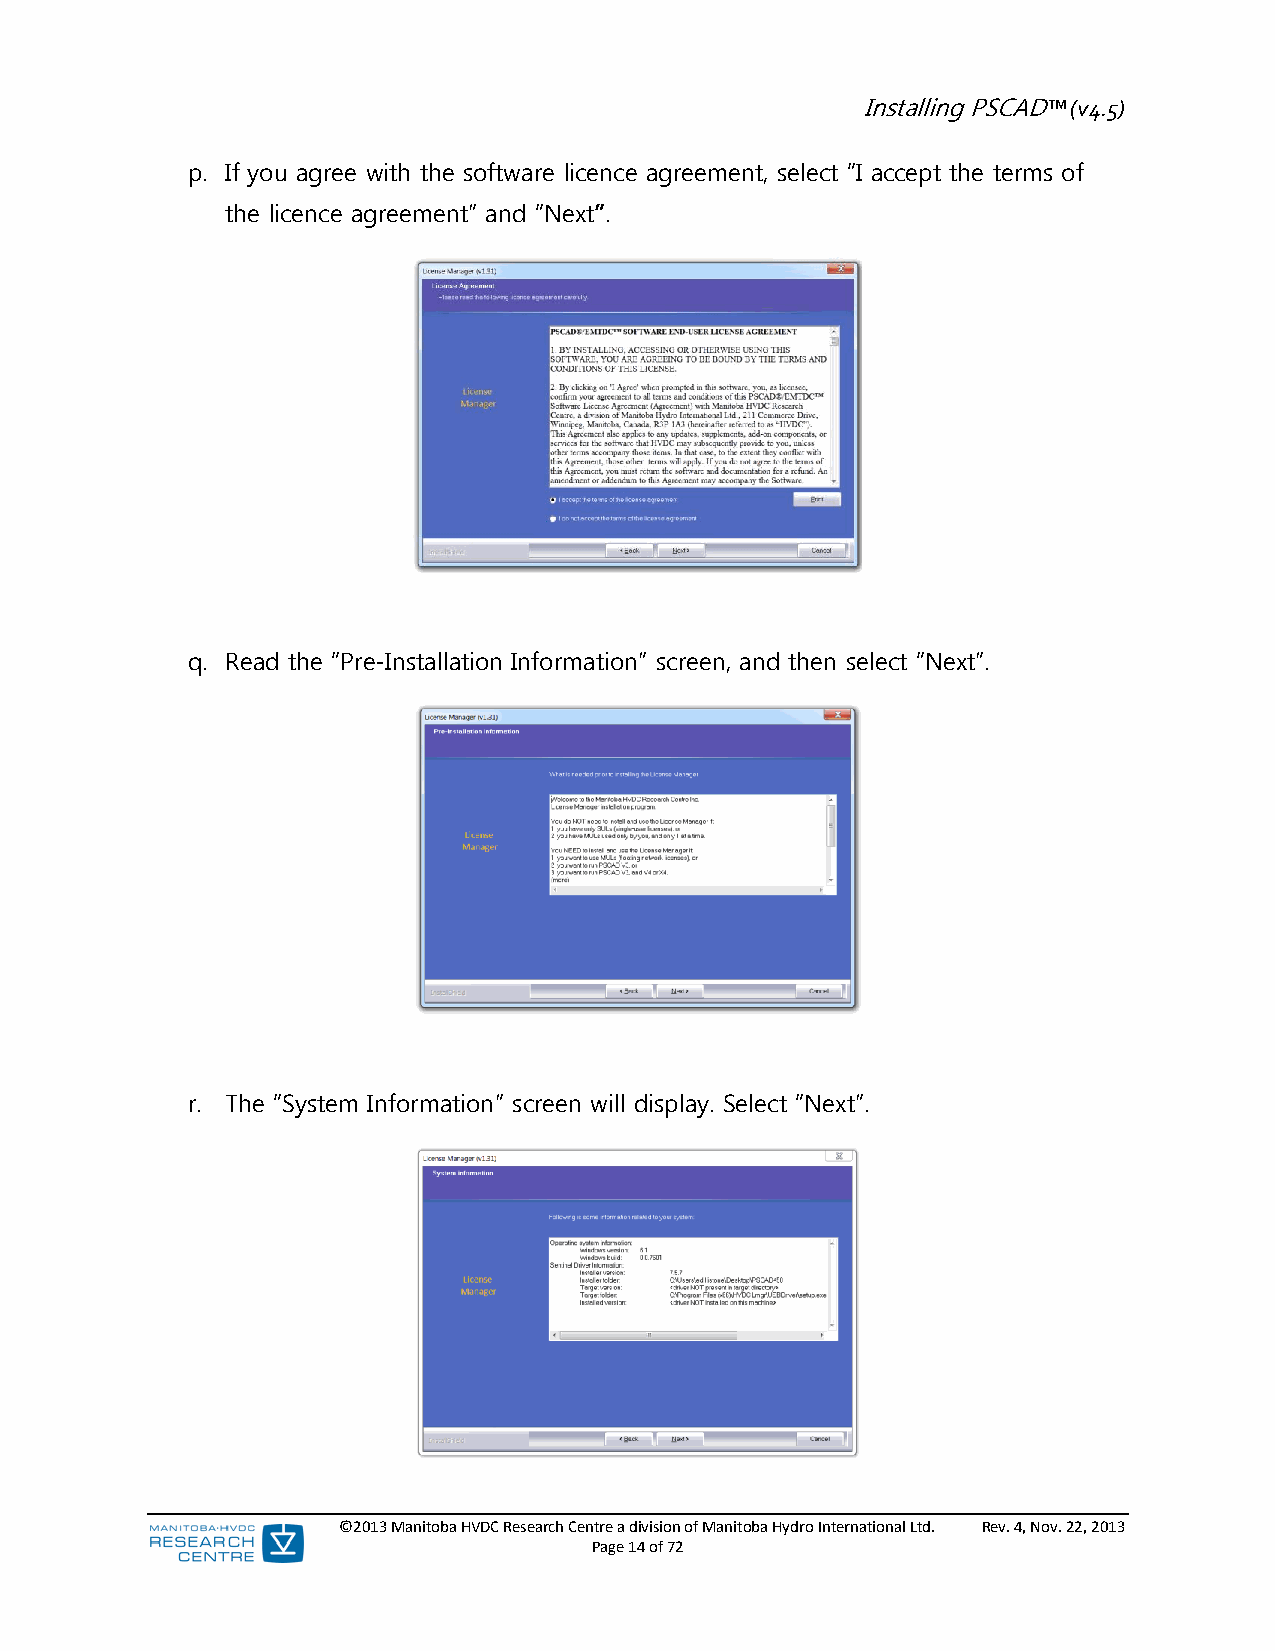
Installing PSCAD™ (v4.5)
 p. If you agree with the software licence agreement, select “I accept the terms of
 the licence agreement” and “Next”.
 q. Read the “Pre-Installation Information” screen, and then select “Next”.
 r. The “System Information” screen will display. Select “Next”.
 ©2013 Manitoba HVDC Research Centre a division of Manitoba Hydro International Ltd. Rev. 4, Nov. 22, 2013
 Page 14 of 72